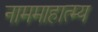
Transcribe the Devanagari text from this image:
नाममाहात्म्य